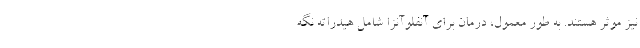
نیز موثر هستند. به طور معمول، درمان برای آنفلوآنزا شامل هیدراته نگه